Lunatic asylums Burma 1907-21 - 1907-1921
Year: 1907
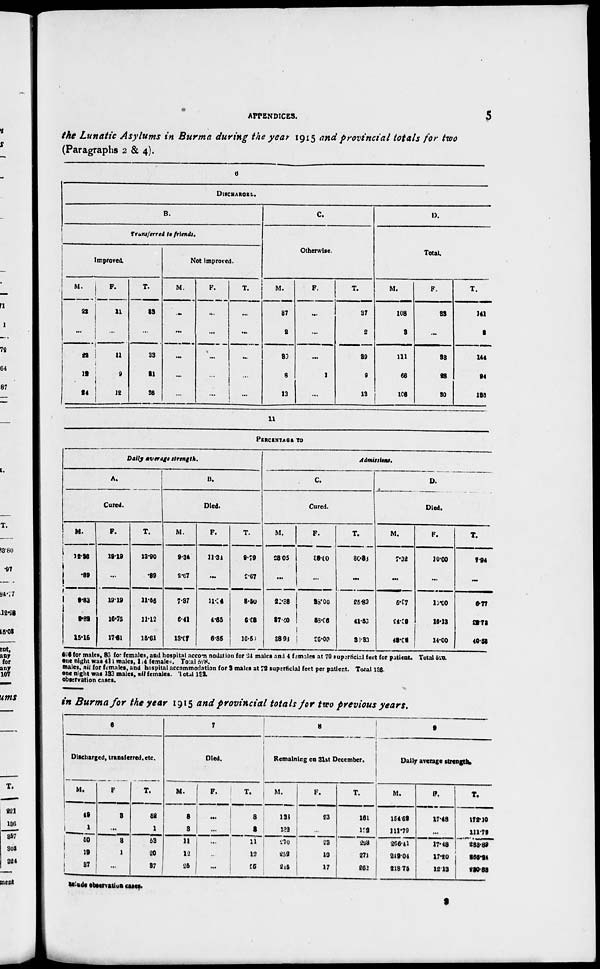
APPENDICES.
5
the Lunatic Asylums in Burma during the year 1915 and provincial totals for two
(Paragraphs 2 & 4).
6
DISCHARGED.
B.
Transferred to friends.
Improved.
M.
22
...
22
12
24
F.
11
...
11
9
12
T.
33
...
33
21
36
Not improved.
M.
...
...
...
...
...
F.
...
...
...
...
...
T.
...
...
...
...
...
C.
Otherwise.
M.
37
2
39
8
13
F.
...
...
...
1
...
T.
37
2
39
9
13
D.
Total.
M.
108
3
111
66
106
F.
33
...
33
28
30
T.
141
3
144
24
136
11
PERCENTAGE TO
Daily average
strength.
A.
Cured.
M.
12.36
.39
9.83
9.32
15.16
F.
19.19
...
19.19
16.75
17.81
T.
13.90
.39
11.55
11.12
16.61
B.
Died.
M.
9.34
2.67
7.37
6.41
13.07
F.
11.34
...
11.34
4.65
6.35
T.
9.79
2.67
8.50
6.08
5.50
Admissions.
C.
Cured.
M.
28.05
...
22.38
37.40
88.93
F.
38.00
...
38.00
58.06
36.00
T.
30.83
...
25.89
41.56
38.33
D.
Died.
M.
7.32
...
5.97
24.39
48.02
F.
10.00
...
10.00
16.13
14.00
T.
7.94
...
6.77
28.73
40.53
606 for males, 86 for females, and hospital accommodation for 24 males and 4 females at 70 superficial feet for patient. Total 520
one night was 414 males, 114 females. Total 528.
males, nil for females, and hospital accommodation for 3 males at 71 superficial feet per patient. Total 136.
one night was 133 males, nil females. Total 132.
observation cases.
in Burma for the year 1915 and provincial totals for two previous years.
6
Discharged, transferred, etc.
M.
49
1
50
19
37
F.
3
...
3
1
...
T.
52
1
53
20
37
7
Died.
M.
8
3
11
12
25
F.
...
...
...
...
...
T.
8
3
11
12
25
8
Remaining on 31st December.
M.
138
132
270
253
215
F.
23
...
23
10
17
T.
161
132
293
271
262
9
Daily average strength
M.
154.62
111.79
266.41
249.04
218.75
F.
17.48
...
17.48
17.20
12.13
T.
172.10
111.72
283.89
266.24
230.88
Include observation cases.
2